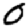
Digit: 0